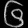
Digit: ၆